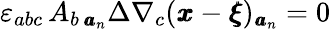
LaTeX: \varepsilon_{abc}\, A_{b\, {\pmb a}_{n}}\Delta\nabla_{c}({\pmb x}-{\pmb\xi})_{{\pmb a}_{n}}=0